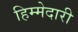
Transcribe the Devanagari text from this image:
हिम्मेदारी